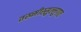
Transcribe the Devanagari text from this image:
तख्मीस्सुल्लुगात